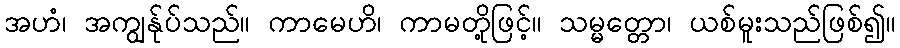
အဟံ၊ အကျွန်ုပ်သည်။ ကာမေဟိ၊ ကာမတို့ဖြင့်။ သမ္မတ္တော၊ ယစ်မူးသည်ဖြစ်၍။